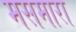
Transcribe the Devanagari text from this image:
मसमारा